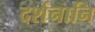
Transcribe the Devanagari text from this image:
दर्शनानि